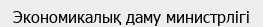
Экономикалық даму министрлігі